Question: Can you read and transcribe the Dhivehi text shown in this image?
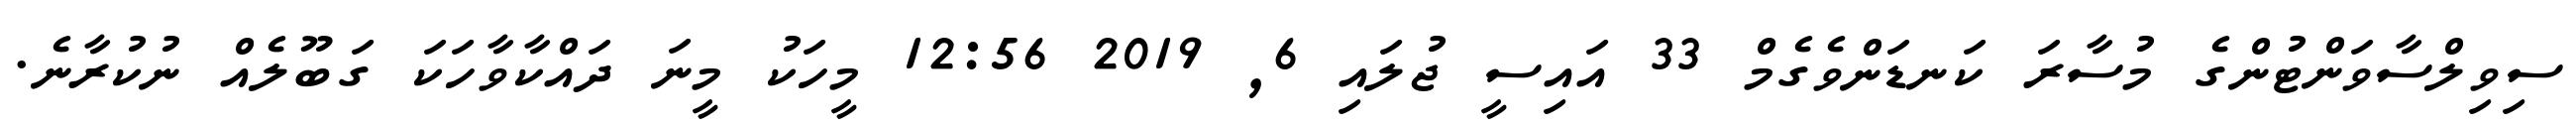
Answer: ސިވިލްސާވަންޓުންގެ މުސާރަ ކަނޑަންވެގެމް 33 އައިސީ ޖުލައި 6, 2019 12:56 މީހަކު މީނަ ދައްކާވާހަކަ ގަބޫލެއް ނުކުރާނެ.